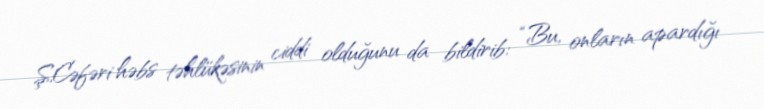
Ş.Cəfəri həbs təhlükəsinin ciddi olduğunu da bildirib: “Bu, onların apardığı